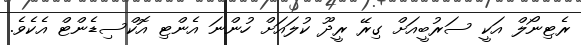
ރެޓިނޯލް އަކީ ސަރުބީއަށް ގިރޭ ރީދޫ ކުލައަށް ހުންނަ އެންޓި އޮކްސިޑެންޓް އެކެވެ.